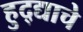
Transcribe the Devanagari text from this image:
हुद्द्याचे